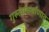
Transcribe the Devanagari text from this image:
गुरुत्वाकर्षाणात